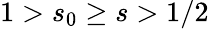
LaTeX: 1>s_{0}\geq s>1/2